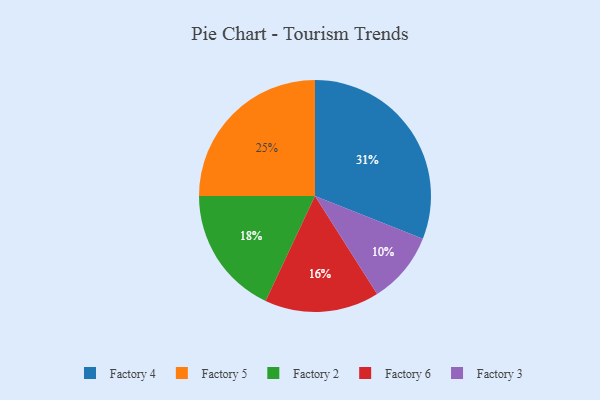
{"axis": {"x": "Category", "y": "Percentage"}, "legend": ["Factory 2", "Factory 3", "Factory 4", "Factory 5", "Factory 6"], "data": [{"x": "Factory 4", "y": 31, "type": "Factory 4"}, {"x": "Factory 3", "y": 10, "type": "Factory 3"}, {"x": "Factory 2", "y": 18, "type": "Factory 2"}, {"x": "Factory 5", "y": 25, "type": "Factory 5"}, {"x": "Factory 6", "y": 16, "type": "Factory 6"}]}